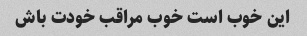
این خوب است خوب مراقب خودت باش